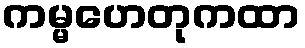
ကမ္မဟေတုကထာ